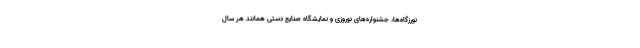
نورزگاه‌ها، جشنواره‌های نوروزی و نمایشگاه صنایع دستی همانند هر سال